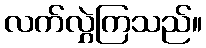
လက်လွှဲကြသည်။